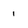
Character: i